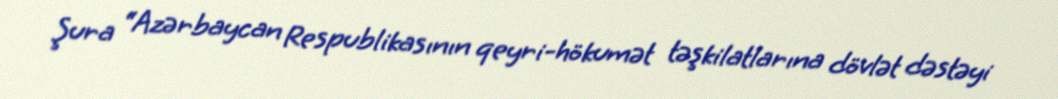
Şura “Azərbaycan Respublikasının qeyri-hökumət təşkilatlarına dövlət dəstəyi